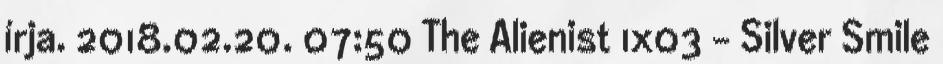
írja. 2018.02.20. 07:50 The Alienist 1x03 - Silver Smile